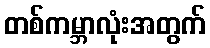
တစ်ကမ္ဘာလုံးအတွက်